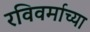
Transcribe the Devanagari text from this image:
रविवर्माच्या